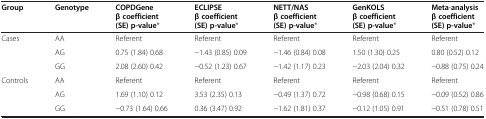
| Group | Genotype | COPDGene β coefficient (SE) p-value* | ECLIPSE β coefficient (SE) p-value* | NETT/NAS β coefficient (SE) p-value* | GenKOLS β coefficient (SE) p-value* | Meta-analysis β coefficient (SE) p-value* |
 | --- | --- | --- | --- | --- | --- | --- |
 | <ROWSPAN=3> Cases | AA | Referent | Referent | Referent | Referent | Referent |
 | AG | 0.75 (1.84) 0.68 | -1.43 (0.85) 0.09 | -1.46 (0.84) 0.08 | 1.50 (1.30) 0.25 | 0.80 (0.52) 0.12 |
 | GG | 2.08 (2.60) 0.42 | -0.52 (1.23) 0.67 | -1.42 (1.17) 0.23 | -2.03 (2.04) 0.32 | -0.88 (0.75) 0.24 |
 | <ROWSPAN=3> Controls | AA | Referent | Referent | Referent | Referent | Referent |
 | AG | 1.69 (1.10) 0.12 | 3.53 (2.35) 0.13 | -0.49 (1.37) 0.72 | -0.98 (0.68) 0.15 | -0.09 (0.52) 0.86 |
 | GG | -0.73 (1.64) 0.66 | 0.36 (3.47) 0.92 | -1.62 (1.81) 0.37 | -0.12 (1.05) 0.91 | -0.51 (0.78) 0.51 |